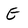
Character: E